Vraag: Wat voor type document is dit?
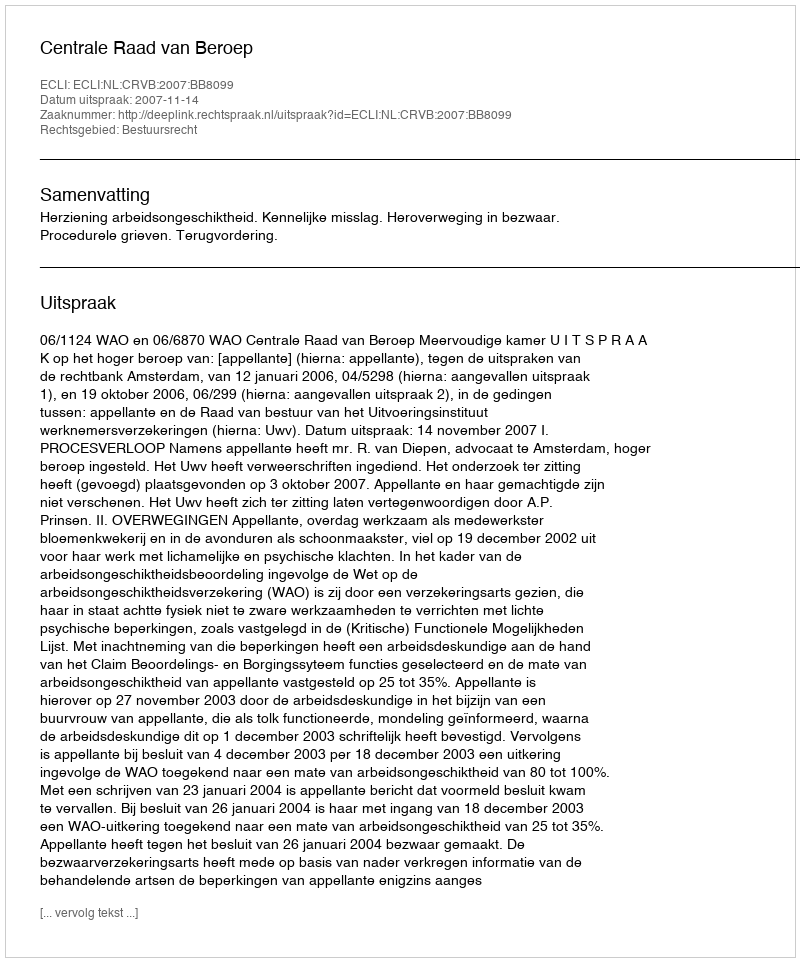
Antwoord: Uitspraak